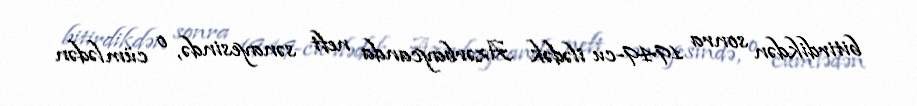
bitirdikdən sonra 1949-cu ilədək Azərbaycanda neft sənayesində, o cümlədən